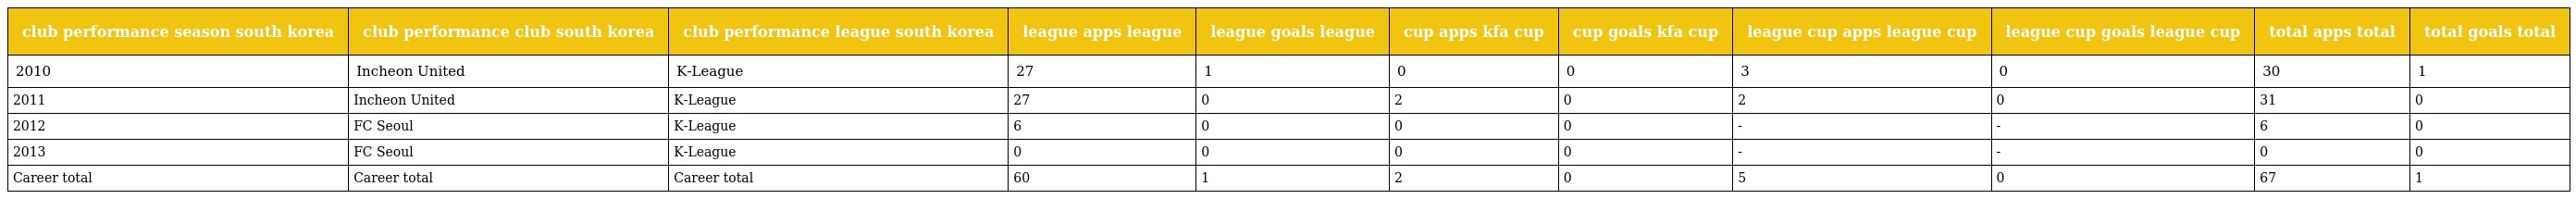
| club performance season south korea | club performance club south korea | club performance league south korea | league apps league | league goals league | cup apps kfa cup | cup goals kfa cup | league cup apps league cup | league cup goals league cup | total apps total | total goals total |
 | --- | --- | --- | --- | --- | --- | --- | --- | --- | --- | --- |
 | 2010 | Incheon United | K-League | 27 | 1 | 0 | 0 | 3 | 0 | 30 | 1 |
 | 2011 | Incheon United | K-League | 27 | 0 | 2 | 0 | 2 | 0 | 31 | 0 |
 | 2012 | FC Seoul | K-League | 6 | 0 | 0 | 0 | - | - | 6 | 0 |
 | 2013 | FC Seoul | K-League | 0 | 0 | 0 | 0 | - | - | 0 | 0 |
 | Career total | Career total | Career total | 60 | 1 | 2 | 0 | 5 | 0 | 67 | 1 |